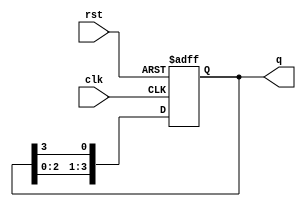
module ring_counter #(
    parameter N = 4  // Number of stages in the ring counter
)(
    input wire clk,     // Clock input
    input wire rst,     // Asynchronous reset
    output reg [N-1:0] q // Output state of the counter
);

    // Initialize the counter state to one hot encoding
    always @(posedge clk or posedge rst) begin
        if (rst) begin
            // On reset, initialize the counter to 1 at the least significant bit
            q <= 1'b1; // Sets the first flip-flop to '1' and others to '0'
        end else begin
            // Circular shift to the right
            q <= {q[N-2:0], q[N-1]}; // Shift right, feed back the last bit to the first position
        end
    end

endmodule